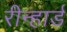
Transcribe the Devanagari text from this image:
रीन्हार्ड